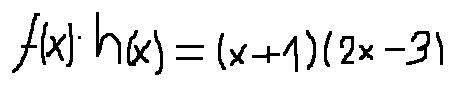
f ( x ) \cdot h ( x ) = ( x + 1 ) ( 2 x - 3 )